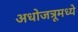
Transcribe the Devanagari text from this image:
अधोजत्रूमध्ये